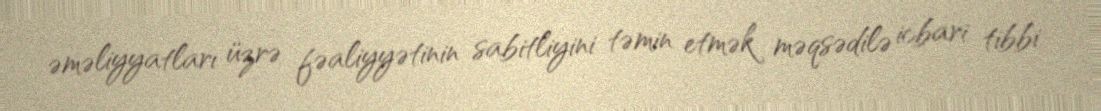
əməliyyatları üzrə fəaliyyətinin sabitliyini təmin etmək məqsədilə icbari tibbi